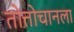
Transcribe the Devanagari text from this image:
तोत्तोचानला